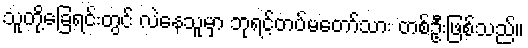
သူတို့ခြေရင်းတွင် လဲနေသူမှာ ဘုရင့်တပ်မတော်သား တစ်ဦးဖြစ်သည်။